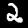
Label: 2